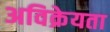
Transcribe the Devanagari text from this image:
अविक्रेयता